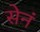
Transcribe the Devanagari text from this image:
सेनं